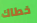
خطاك